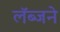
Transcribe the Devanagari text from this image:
लॅब्जने